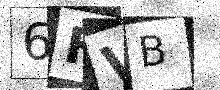
Text: 6FVB